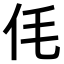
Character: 𠇔